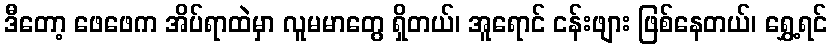
ဒီတော့ ဖေဖေက အိပ်ရာထဲမှာ လူမမာတွေ ရှိတယ်၊ အူရောင် ငန်းဖျား ဖြစ်နေတယ်၊ ရွှေ့ရင်